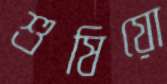
শুষিয়ো